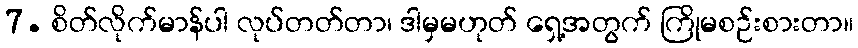
7. စိတ်လိုက်မာန်ပါ လုပ်တတ်တာ၊ ဒါမှမဟုတ် ရှေ့အတွက် ကြိုမစဉ်းစားတာ။